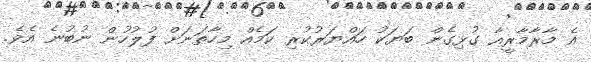
އެ މާރާމާރީއާ ގުޅިގެން ބަޔަކު ހައްޔަރުކުރި ކަމެއް މިހާތަނަށް ފުލުހުން ނުބުނެ އެވެ.